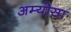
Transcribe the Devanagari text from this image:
अम्योसा